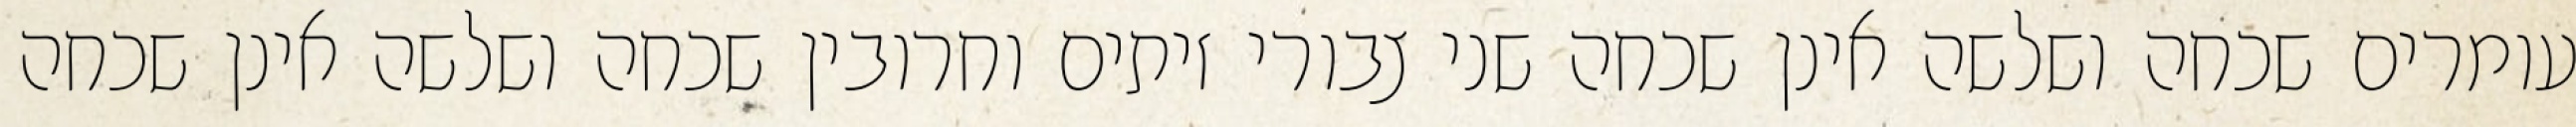
עומרים שכחה ושלשה אינן שכחה שני צבורי זיתים וחרובין שכחה ושלשה אינן שכחה